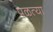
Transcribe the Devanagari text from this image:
पळत्या